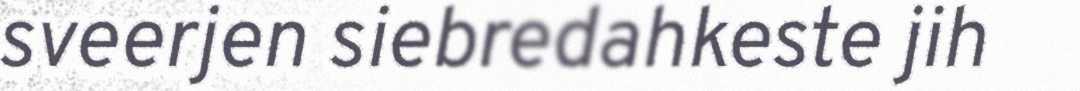
sveerjen siebredahkeste jih